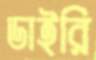
ডাইরি